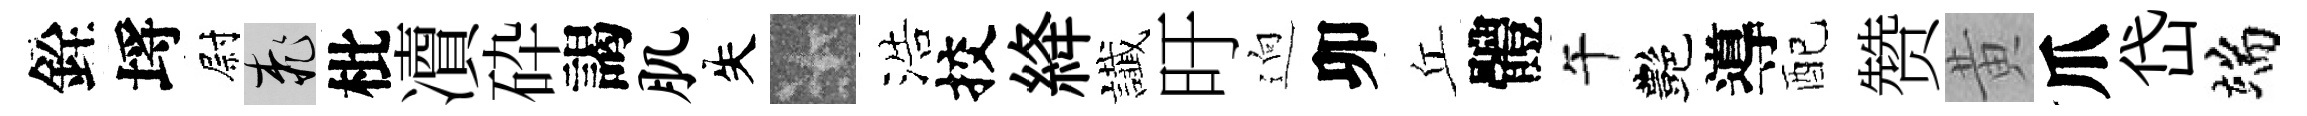
銓埓尉桃枇凟砕謁肌失卡浩挍絳䜟旴逈卯丘體午艷導配赞黄爪岱端